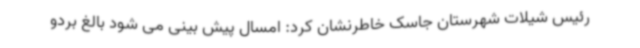
رئیس شیلات شهرستان جاسک خاطرنشان کرد: امسال پیش بینی می شود بالغ بردو